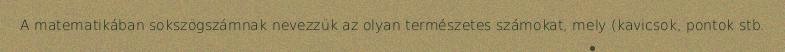
A matematikában sokszögszámnak nevezzük az olyan természetes számokat, mely (kavicsok, pontok stb.